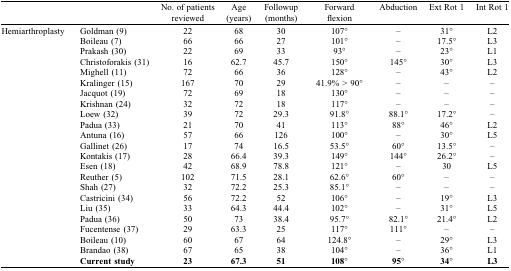
<table><thead><tr><td></td><td></td><td><b>No. of patients reviewed</b></td><td><b>Age (years)</b></td><td><b>Followup (months)</b></td><td><b>Forward flexion</b></td><td><b>Abduction</b></td><td><b>Ext Rot 1</b></td><td><b>Int Rot 1</b></td></tr></thead><tbody><tr><td>Hemiarthroplasty</td><td>Goldman (9)</td><td>22</td><td>68</td><td>30</td><td>107°</td><td>–</td><td>31°</td><td>L2</td></tr><tr><td></td><td>Boileau (7)</td><td>66</td><td>66</td><td>27</td><td>101°</td><td>–</td><td>17.5°</td><td>L3</td></tr><tr><td></td><td>Prakash (30)</td><td>22</td><td>69</td><td>33</td><td>93°</td><td>–</td><td>23°</td><td>L1</td></tr><tr><td></td><td>Christoforakis (31)</td><td>16</td><td>62.7</td><td>45.7</td><td>150°</td><td>145°</td><td>30°</td><td>L3</td></tr><tr><td></td><td>Mighell (11)</td><td>72</td><td>66</td><td>36</td><td>128°</td><td>–</td><td>43°</td><td>L2</td></tr><tr><td></td><td>Kralinger (15)</td><td>167</td><td>70</td><td>29</td><td>41.9% &gt; 90°</td><td>–</td><td>–</td><td>–</td></tr><tr><td></td><td>Jacquot (19)</td><td>72</td><td>69</td><td>18</td><td>130°</td><td>–</td><td>–</td><td>–</td></tr><tr><td></td><td>Krishnan (24)</td><td>32</td><td>72</td><td>18</td><td>117°</td><td>–</td><td>–</td><td>–</td></tr><tr><td></td><td>Loew (32)</td><td>39</td><td>72</td><td>29.3</td><td>91.8°</td><td>88.1°</td><td>17.2°</td><td>–</td></tr><tr><td></td><td>Padua (33)</td><td>21</td><td>70</td><td>41</td><td>113°</td><td>88°</td><td>46°</td><td>L2</td></tr><tr><td></td><td>Antuna (16)</td><td>57</td><td>66</td><td>126</td><td>100°</td><td>–</td><td>30°</td><td>L5</td></tr><tr><td></td><td>Gallinet (26)</td><td>17</td><td>74</td><td>16.5</td><td>53.5°</td><td>60°</td><td>13.5°</td><td>–</td></tr><tr><td></td><td>Kontakis (17)</td><td>28</td><td>66.4</td><td>39.3</td><td>149°</td><td>144°</td><td>26.2°</td><td>–</td></tr><tr><td></td><td>Esen (18)</td><td>42</td><td>68.9</td><td>78.8</td><td>121°</td><td>–</td><td>30</td><td>L5</td></tr><tr><td></td><td>Reuther (5)</td><td>102</td><td>71.5</td><td>28.1</td><td>62.6°</td><td>60°</td><td>–</td><td>–</td></tr><tr><td></td><td>Shah (27)</td><td>32</td><td>72.2</td><td>25.3</td><td>85.1°</td><td>–</td><td>–</td><td>–</td></tr><tr><td></td><td>Castricini (34)</td><td>56</td><td>72.2</td><td>52</td><td>106°</td><td>–</td><td>19°</td><td>L3</td></tr><tr><td></td><td>Liu (35)</td><td>33</td><td>64.3</td><td>44.4</td><td>102°</td><td>–</td><td>31°</td><td>L5</td></tr><tr><td></td><td>Padua (36)</td><td>50</td><td>73</td><td>38.4</td><td>95.7°</td><td>82.1°</td><td>21.4°</td><td>L2</td></tr><tr><td></td><td>Fucentense (37)</td><td>29</td><td>63.3</td><td>25</td><td>117°</td><td>111°</td><td>–</td><td>–</td></tr><tr><td></td><td>Boileau (10)</td><td>60</td><td>67</td><td>64</td><td>124.8°</td><td>–</td><td>29°</td><td>L3</td></tr><tr><td></td><td>Brandao (38)</td><td>67</td><td>65</td><td>38</td><td>104°</td><td>–</td><td>36°</td><td>L1</td></tr><tr><td></td><td><b>Current study</b></td><td><b>23</b></td><td><b>67.3</b></td><td><b>51</b></td><td><b>108°</b></td><td><b>95°</b></td><td><b>34°</b></td><td><b>L3</b></td></tr></tbody></table>